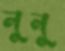
নুনু